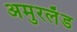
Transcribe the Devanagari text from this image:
अमुरलँंड